Annual report on the lock hospitals of the Madras Presidency
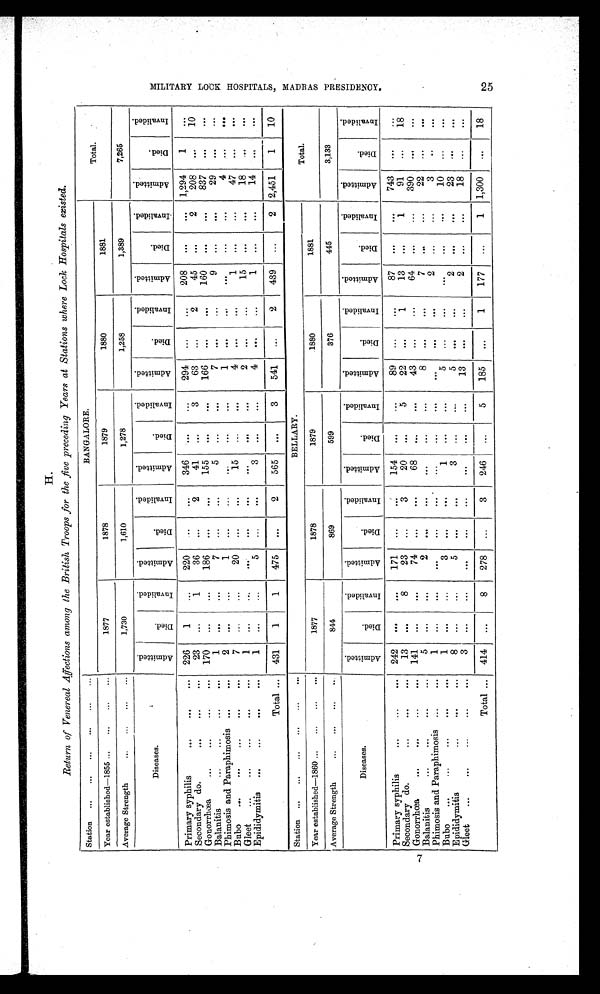
H.
Return of Venereal Affections among the British Troops for the five preceding Years at Stations where Lock Hospitals existed.
Station ...
... ... ... ... ...
BANGALORE.
Total.
Year established—1855 ... ... ... ...
1877
1878
1879
1880
1881
Average Strength
... ... ... ...
1,730
1,610
1,278
1,258
1,389
7,265
Diseases.
A d m i t t e d .
D i e d .
I n v a l i d e d .
A d m i t t e d .
D i e d .
I n v a l i d e d .
A d m i t t e d .
D i e d .
I n v a l i d e d .
A d m i t t e d .
D i e d .
I n v a l i d e d . A d m i t t e d .
D i e d .
I n v a l i d e d .
A d m i t t e d .
D i e d .
I n v a l i d e d .
Primary syphilis
...
... ...
226
1
...
220
. . . ...
346
. . .
...
294 ...
...
208
... ...
1,294
1
...
Secondary do.
...
...
...
23 ...
1
36 ...
2
41 ...
3
63
...
2
45
...
2
208 ...
10
Gonorrhœa
... ... . . . . . .
170 ...
...
186
... ...
155
...
...
166
... ...
160
... ...
837
... ...
Balanitis
...
... . . . . . .
1
... ...
7
...
...
5
... ...
7
...
...
9
... ...
29
...
...
Phimosis and Paraphimosis ...
...
2
. . .
. . .
1 ...
...
. . .
...
...
1
. . .
...
. . .
...
...
4 ...
...
Bubo ... ... ... ...
...
7
. . .
. . .
20 ...
...
15
. . .
. . .
4
. . .
. . .
1 . . .
...
47
. . .
. . .
Gleet ...
...
...
... ...
1
. . .
. . .
. . .
. . .
. . .
. . .
..,
. . .
2
. . . ...
15
. . .
. . .
18
. . .
. . .
Epididymitis ...
...
...
...
1 . . .
. . .
5 ...
. . .
3
. . .
. . .
4
. . . ...
1 ...
...
14
. . .
. . .
Total ... 431
1
1
475
...
2
565
...
3
541 ...
2
439 ...
2 2,451
1
10
Station ... ... ... ... ... ...
BELLARY.
Total.
Year established—1860 ... ... ... ...
1877
1878
1879
1880
1881
Average Strength
... ... ... ...
844
869
599
376
445
3,133
Diseases.
A d m i t t e d .
D i e d .
I n v a l i d e d .
A d m i t t e d .
D i e d .
I n v a l i d e d . A d m i t t e d .
D i e d .
I n v a l i d e d .
A d m i t t e d . D i e d .
I n v a l i d e d .
A d m i t t e d .
Died.
I n v a l i d e d .
A d m i t t e d . D i e d .
I n v a l i d e d .
Primary syphilis
...
...
... 242 ...
. . .
171 ...
. . . 154 . . .
...
89 ...
. . .
87
. . .
. . . 743
. . . . . .
Secondary do.
...
...
... 13
. . .
8
23 ...
3
20 ...
5
22
. . .
1
13
...
1
91
...
18
Gonorrhoœa ... ... . . . . . . 141 . . .
. . .
74 ...
. . . 68
...
. . .
43 ...
. . .
64
...
...
390
. . .
...
Balanitis
... ...
...
...
5 ...
. . .
2
. . .
... ... ...
...
8 ...
. . .
7 ...
...
22 ...
. . .
Phimosis and Paraphimosis ...
...
1
. . .
. . .
. . .
. . .
...
. . .
. . .
. . .
. . .
. . .
...
2
...
...
3 ..
. . .
Bubo ...
...
...
...
...
1
... ...
3
...
...
1 ...
...
5
...
...
. . .
...
...
10
. . .
. . .
Epididymitis
...
...
...
8 ...
...
5
. . .
. . .
3 ... ...
5
. . .
...
2
. . .
. . .
23
. . .
. . .
Gleet ...
...
...
... ...
3 ...
...
...
...
... ... ...
...
13
...
...
2 ...
...
18
...
. . .
Total ... 414
...
8
278 ...
3
246 ...
5
185 ...
1
177 ...
1 1,300
...
18
M I L I T A R Y L O C K H O S P I T A L , M A D R A S P R E S I D E N C Y .
2 5